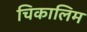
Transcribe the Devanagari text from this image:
चिकालिम